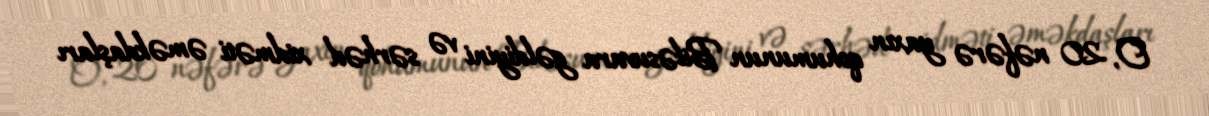
O, 20 nəfərə yaxın qohumunun Biləsuvara gəldiyini və sərhəd xidməti əməkdaşları